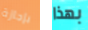
بإجازة بهذا